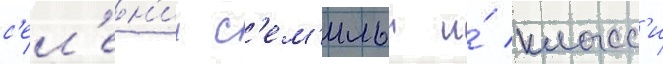
с'ел'ен'ии с'ем'ильи и́ класс'и